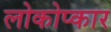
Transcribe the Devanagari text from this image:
लोकोप्कार